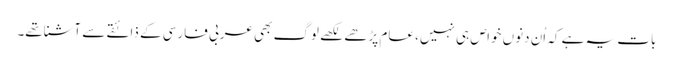
بات یہ ہے کہ اُن دنوں خواص ہی نہیں، عام پڑھے لکھے لوگ بھی عربی فارسی کے ذائقے سے آشناتھے۔